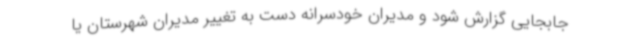
جابجایی گزارش شود و مدیران خودسرانه دست به تغییر مدیران شهرستان یا